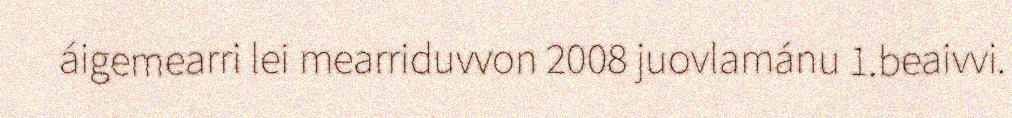
áigemearri lei mearriduvvon 2008 juovlamánu 1.beaivvi.